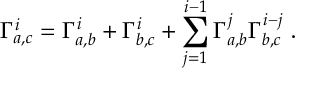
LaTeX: \Gamma _ { a , c } ^ { i } = \Gamma _ { a , b } ^ { i } + \Gamma _ { b , c } ^ { i } + \sum _ { j = 1 } ^ { i - 1 } \Gamma _ { a , b } ^ { j } \Gamma _ { b , c } ^ { i - j } ~ .